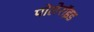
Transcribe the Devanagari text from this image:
पोलेरॉइड